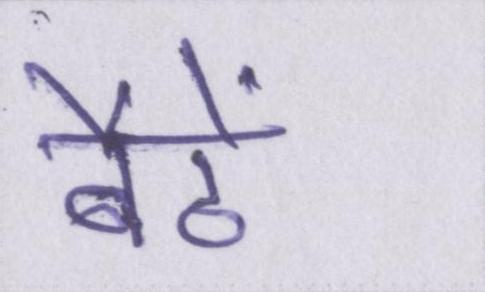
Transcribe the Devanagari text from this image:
बैठें